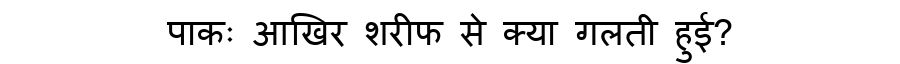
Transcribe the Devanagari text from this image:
पाकः आखिर शरीफ से क्या गलती हुई?